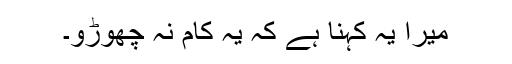
میرا یہ کہنا ہے کہ یہ کام نہ چھوڑو۔